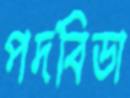
পদবিডা